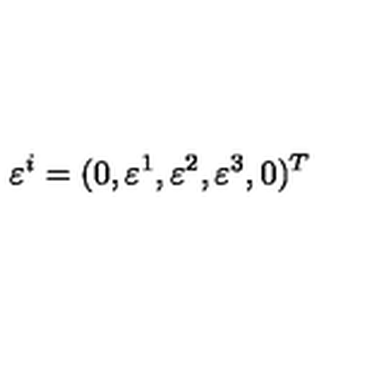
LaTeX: \varepsilon ^ { i } = ( 0 , \varepsilon ^ { 1 } , \varepsilon ^ { 2 } , \varepsilon ^ { 3 } , 0 ) ^ { T }